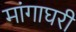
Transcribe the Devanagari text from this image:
मांगाघरी